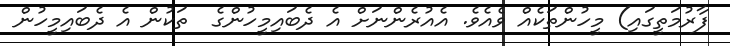
ފާރުމަތީގައި) މީހުންތަކެއް ވެއެވެ. އެއުރެންނަށް އެ ދެބައިމީހުންގެ  ތަކުން އެ ދެބައިމީހުން